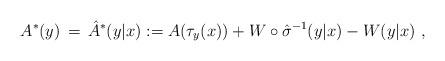
LaTeX: \begin{align*}A^* (y)\,=\,\hat{A}^*(y|x) := A(\tau_y(x)) + W \circ \hat{\sigma}^{-1} (y|x) - W(y|x) \ ,\end{align*}